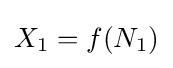
X_{1}=f(N_{1})